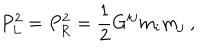
P _ { L } ^ { 2 } = P _ { R } ^ { 2 } = { \frac { 1 } { 2 } } G ^ { i j } m _ { i } m _ { j } ~ ,